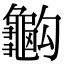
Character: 𪚭